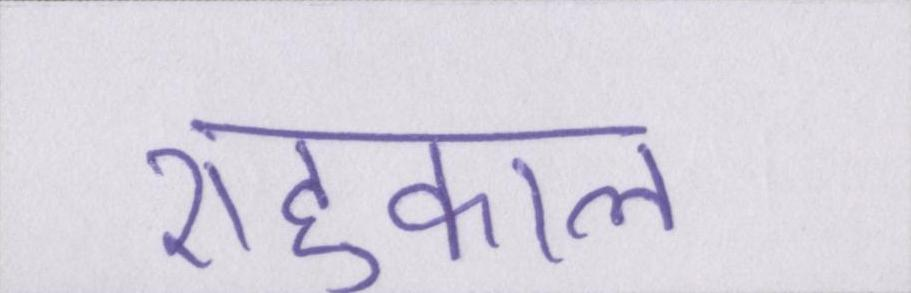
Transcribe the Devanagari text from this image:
राहुकाल